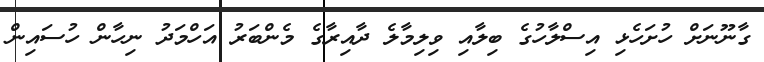
ގާނޫނަށް ހުށަހެޅި އިސްލާހުގެ ބިލާއި ވިލިމާލެ ދާއިރާގެ މެންބަރު އަަހްމަަދު ނިހާން ހުސައިން